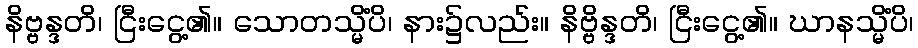
နိဗ္ဗန္ဒတိ၊ ငြီးငွေ့၏။ သောတသ္မိံပိ၊ နား၌လည်း။ နိဗ္ဗိန္ဒတိ၊ ငြီးငွေ့၏။ ဃာနသ္မိံပိ၊